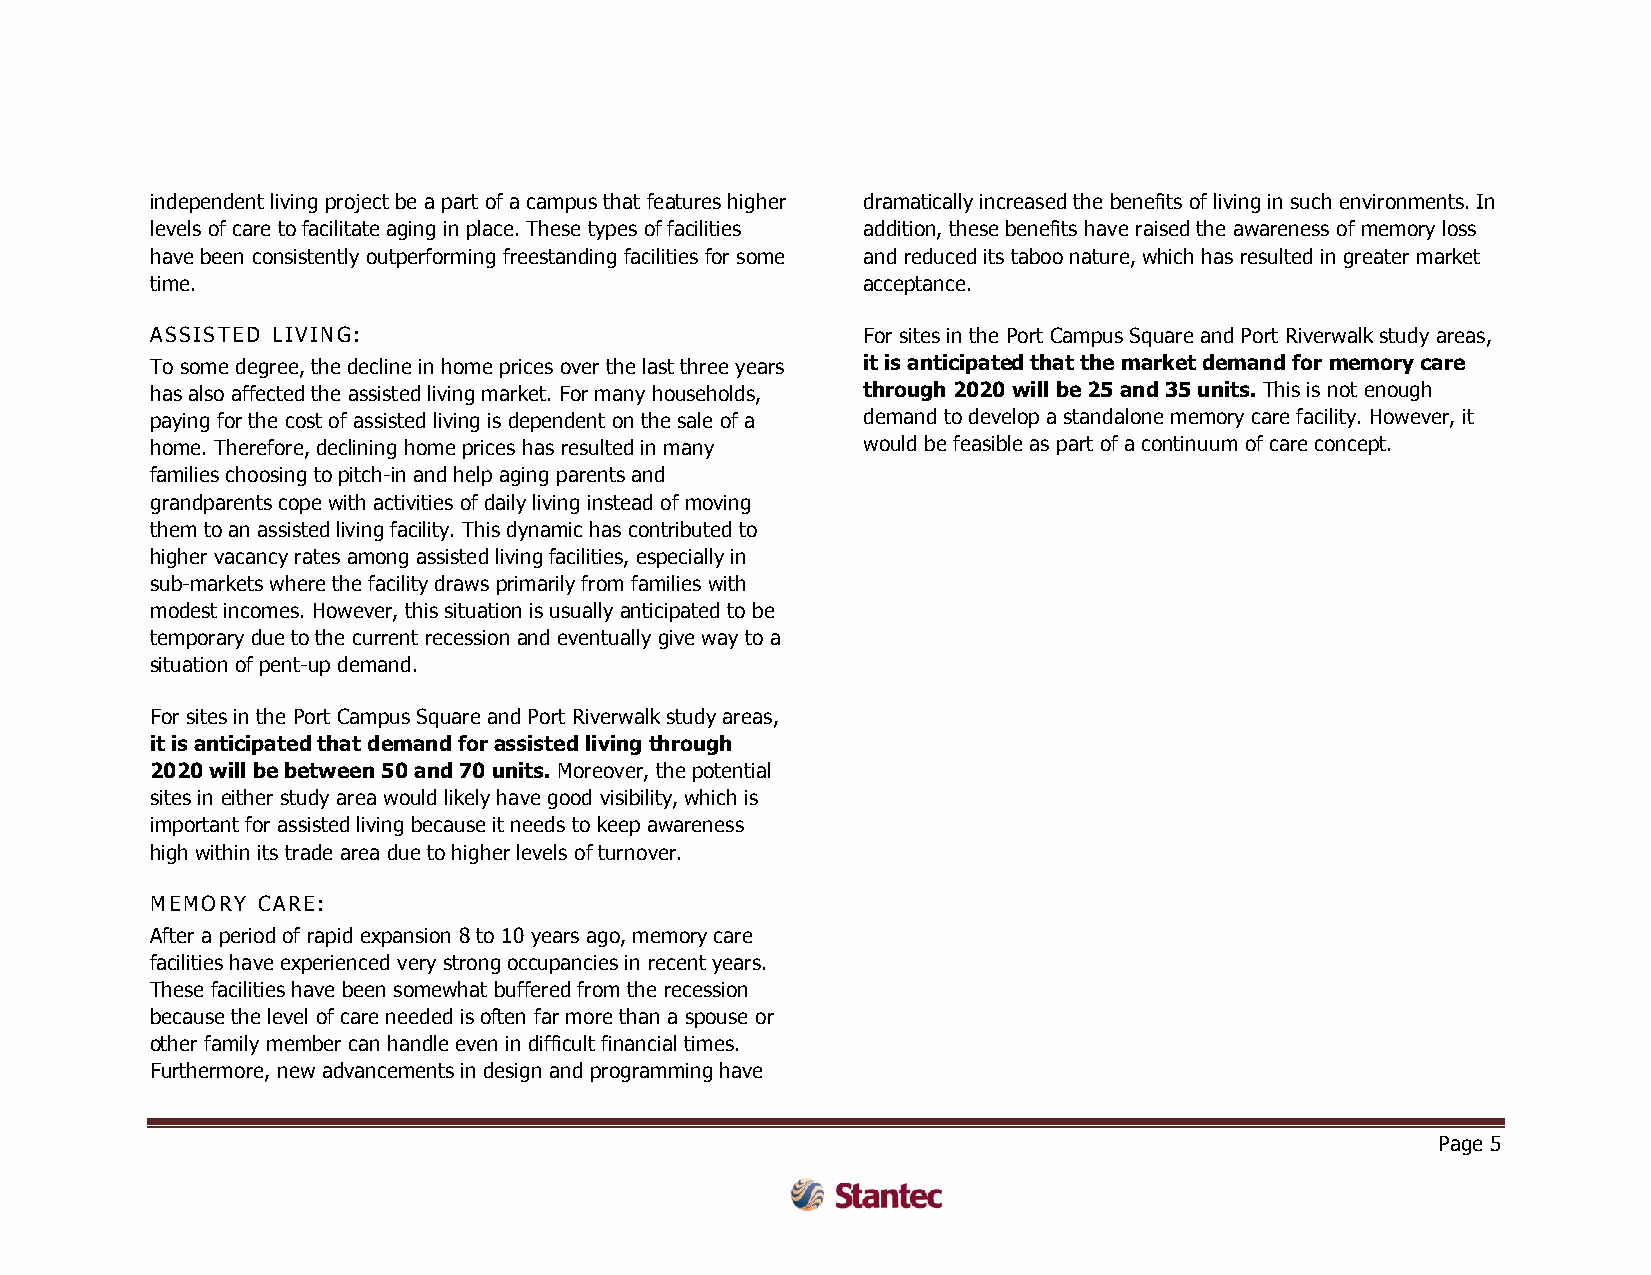
independent living project be a part of a campus that features higher dramatically increased the benefits of living in such environments. In
 levels of care to facilitate aging in place. These types of facilities addition, these benefits have raised the awareness of memory loss
 have been consistently outperforming freestanding facilities for some and reduced its taboo nature, which has resulted in greater market
 time.                                          acceptance.
 ASSISTED LIVING:                               For sites in the Port Campus Square and Port Riverwalk study areas,
 To some degree, the decline in home prices over the last three years it is anticipated that the market demand for memory care
 has also affected the assisted living market. For many households, through 2020 will be 25 and 35 units. This is not enough
 paying for the cost of assisted living is dependent on the sale of a demand to develop a standalone memory care facility. However, it
 home. Therefore, declining home prices has resulted in many would be feasible as part of a continuum of care concept.
 families choosing to pitch-in and help aging parents and
 grandparents cope with activities of daily living instead of moving
 them to an assisted living facility. This dynamic has contributed to
 higher vacancy rates among assisted living facilities, especially in
 sub-markets where the facility draws primarily from families with
 modest incomes. However, this situation is usually anticipated to be
 temporary due to the current recession and eventually give way to a
 situation of pent-up demand.
 For sites in the Port Campus Square and Port Riverwalk study areas,
 it is anticipated that demand for assisted living through
 2020 will be between 50 and 70 units. Moreover, the potential
 sites in either study area would likely have good visibility, which is
 important for assisted living because it needs to keep awareness
 high within its trade area due to higher levels of turnover.
 MEMORY CARE:
 After a period of rapid expansion 8 to 10 years ago, memory care
 facilities have experienced very strong occupancies in recent years.
 These facilities have been somewhat buffered from the recession
 because the level of care needed is often far more than a spouse or
 other family member can handle even in difficult financial times.
 Furthermore, new advancements in design and programming have
 Page 5